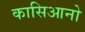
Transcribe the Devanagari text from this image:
कासिआनो